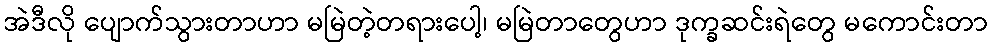
အဲဒီလို ပျောက်သွားတာဟာ မမြဲတဲ့တရားပေါ့၊ မမြဲတာတွေဟာ ဒုက္ခဆင်းရဲတွေ မကောင်းတာ